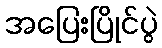
အပြေးပြိုင်ပွဲ